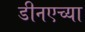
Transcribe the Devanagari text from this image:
डीनएच्या